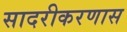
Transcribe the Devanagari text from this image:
सादरीकरणास